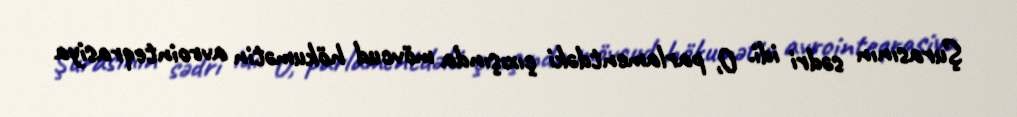
Şurasının sədri idi. O, parlamentdəki çıxışında mövcud hökumətin avrointeqrasiya